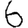
Digit: 6